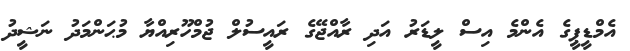
އެމްޑީޕީގެ އެންމެ އިސް ލީޑަރު އަދި ރާއްޖޭގެ ރައީސުލް ޖުމްހޫރިއްޔާ މުޙަންމަދު ނަޝީދު